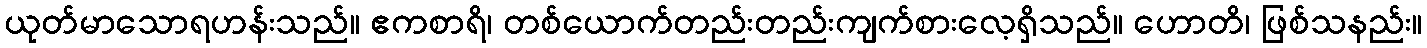
ယုတ်မာသောရဟန်းသည်။ ဧကစာရိ၊ တစ်ယောက်တည်းတည်းကျက်စားလေ့ရှိသည်။ ဟောတိ၊ ဖြစ်သနည်း။